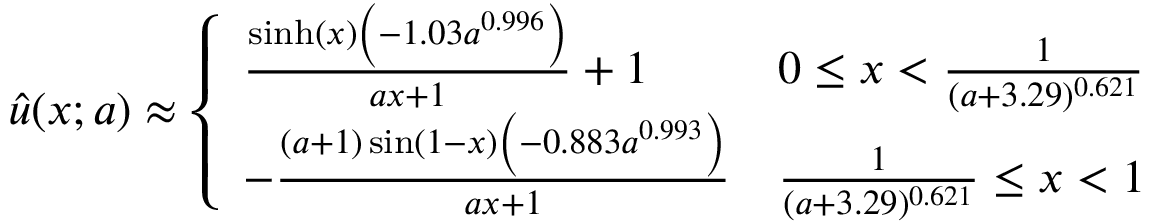
\hat { u } ( x ; a ) \approx \left\{ \begin{array} { l l } { \frac { \sinh ( x ) \left( - 1 . 0 3 a ^ { 0 . 9 9 6 } \right) } { a x + 1 } + 1 } & { 0 \leq x < \frac { 1 } { ( a + 3 . 2 9 ) ^ { 0 . 6 2 1 } } } \\ { - \frac { ( a + 1 ) \sin ( 1 - x ) \left( - 0 . 8 8 3 a ^ { 0 . 9 9 3 } \right) } { a x + 1 } } & { \frac { 1 } { ( a + 3 . 2 9 ) ^ { 0 . 6 2 1 } } \leq x < 1 } \end{array} \right.